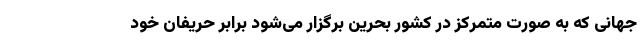
جهانی که به صورت متمرکز در کشور بحرین برگزار می‌شود برابر حریفان خود